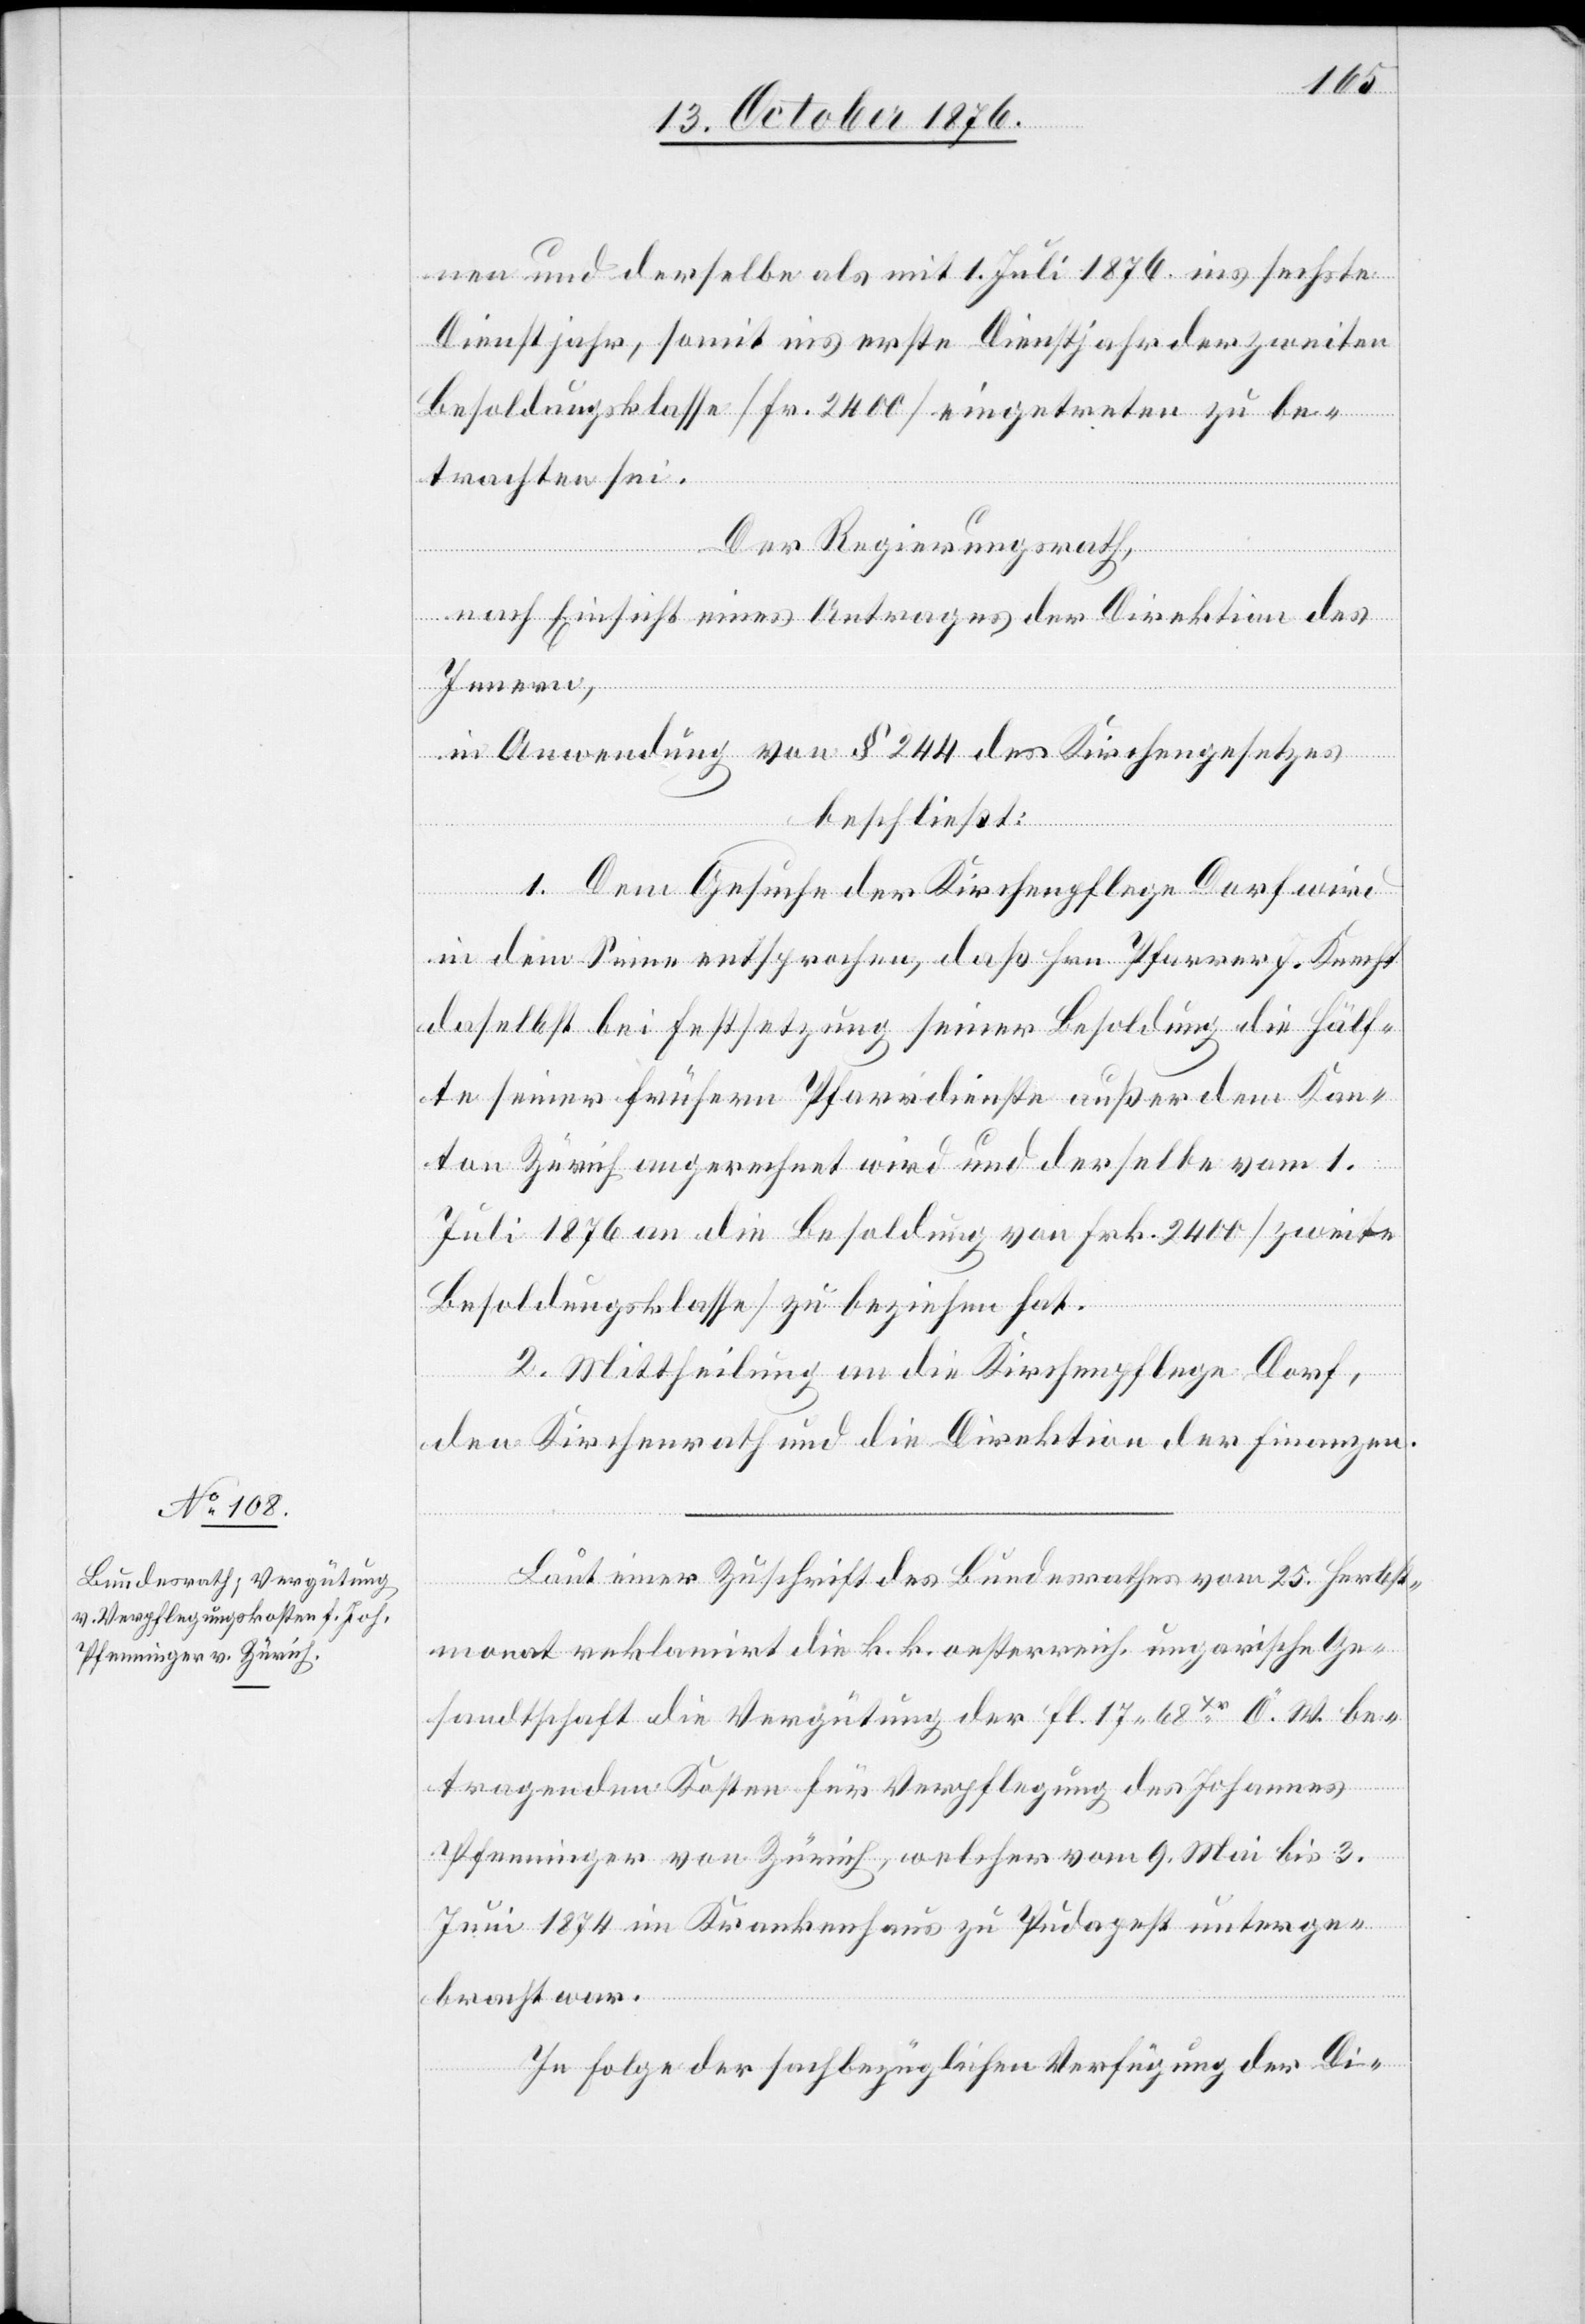
nen und derselbe als mit 1. Juli 1876 ins sechste
Dienstjahr, somit ins erste Dienstjahr der zweiten
Besoldungsklasse [Fr. 2400] eingetreten zu be¬
trachten sei.
Der Regierungsrath,
nach Einsicht eines Antrages der Direktion des
Innern,
in Anwendung von § 244 des Kirchengesetzes
beschließt:
1. Dem Gesuche der Kirchenpflege Dorf wird
in dem Sinne entsprochen, daß Hrn. Pfarrer J. Knecht
daselbst bei Festsetzung seiner Besoldung die Hälf¬
te seiner frühern Pfarrdienste außer dem Kan¬
ton Zürich angerechnet wird und derselbe vom 1.
Juli 1876 an die Besoldung von Frk. 2400 [zweite
Besoldungsklasse] zu beziehen hat.
2. Mittheilung an die Kirchenpflege Dorf,
den Kirchenrath und die Direktion der Finanzen.
Laut einer Zuschrift des Bundesrathes vom 25. Herbst¬
monat reklamirt die k. k. oesterreich. ungarische Ge¬
sandtschaft die Vergütung der fl. 17 68Xr Ö. W. be¬
tragenden Kosten für Verpflegung des Johannes
Pfenninger von Zürich, welcher vom 9. Mai bis 3.
Juni 1874 im Krankenhaus zu Pudapest unterge¬
bracht war.
In Folge der sachbezüglichen Verfügung der Di-